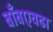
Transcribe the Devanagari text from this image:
बाँबएवढा